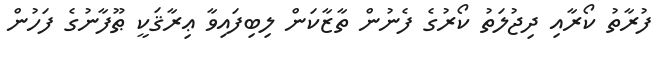
ފުރާތު ކޯރާއި ދިޖުލަތު ކޯރުގެ ފެނުން ތާޒާކަން ލިބިފައިވާ ޢިރާޤަކީ ޠޫފާނުގެ ފަހުން